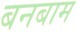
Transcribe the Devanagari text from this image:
बनबाम